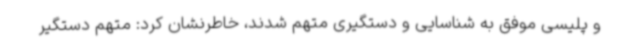
و پلیسی موفق به شناسایی و دستگیری متهم شدند، خاطرنشان کرد: متهم دستگیر